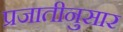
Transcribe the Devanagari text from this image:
प्रजातीनुसार